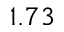
1 . 7 3